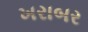
ખરાબર